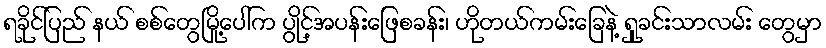
ရခိုင်ပြည် နယ် စစ်တွေမြို့ပေါ်က ပွိုင့်အပန်းဖြေစခန်း၊ ဟိုတယ်ကမ်းခြေနဲ့ ရှုခင်းသာလမ်း တွေမှာ